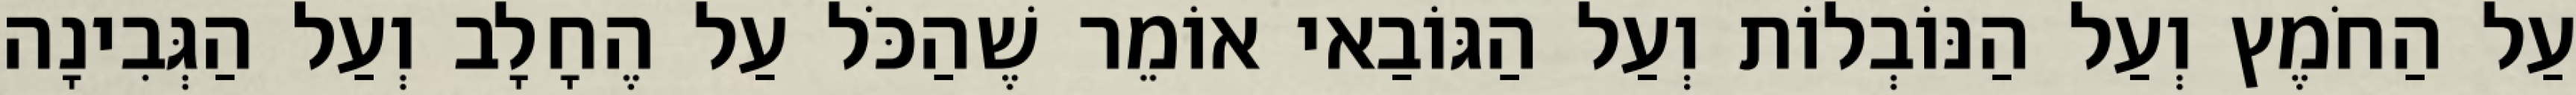
עַל הַחֹמֶץ וְעַל הַנּוֹבְלוֹת וְעַל הַגּוֹבַאי אוֹמֵר שֶׁהַכֹּל עַל הֶחָלָב וְעַל הַגְּבִינָה